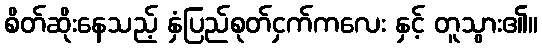
စိတ်ဆိုးနေသည့် နှံပြည်စုတ်ငှက်ကလေး နှင့် တူသွား၏။